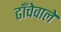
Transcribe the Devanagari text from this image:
ढाँचेवाले